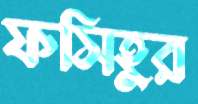
ফসিহুর